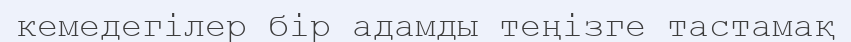
кемедегілер бір адамды теңізге тастамақ